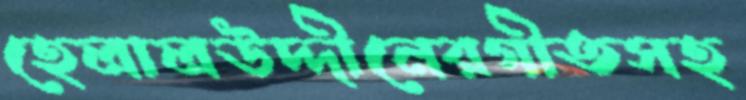
হেলালউদ্দীনেরগীতসহ